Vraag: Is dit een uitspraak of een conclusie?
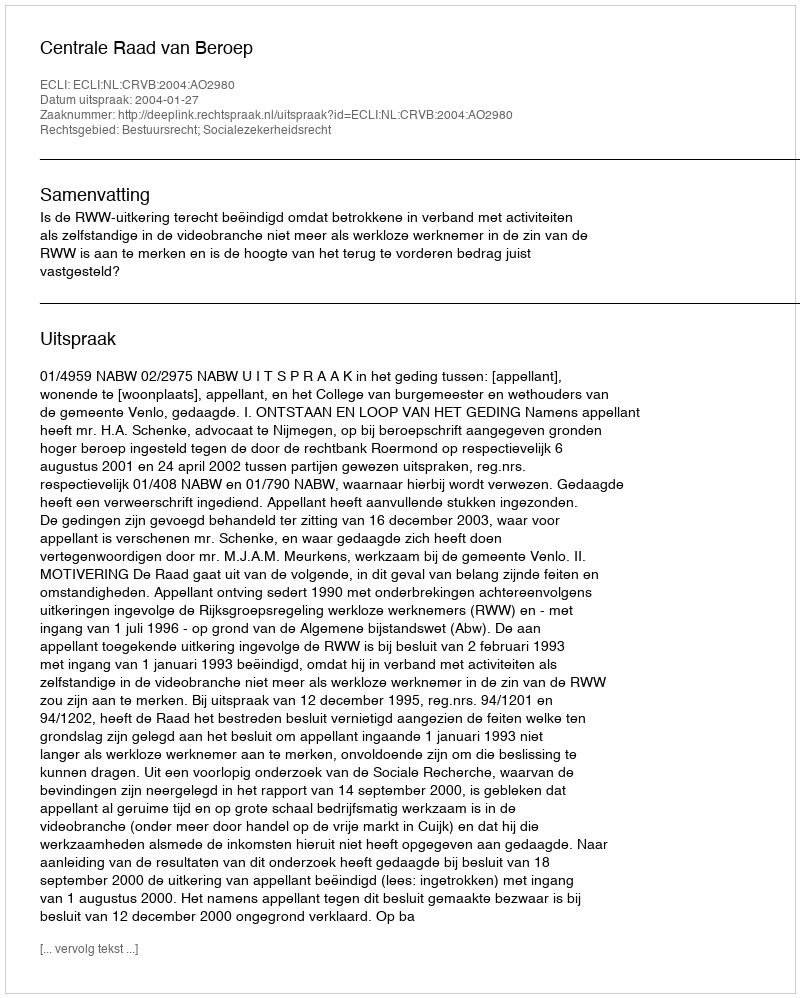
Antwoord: Uitspraak